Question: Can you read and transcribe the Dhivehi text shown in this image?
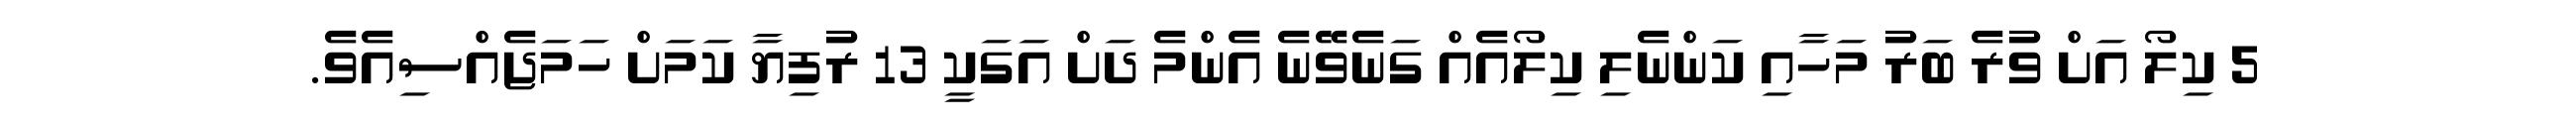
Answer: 5 ކިލޯ އަށް ވުރެ ބަރު މަހާއި ކަންނެލި ކިލޯއެއް ގަނެވޭނެ އެންމެ ދަށް އަގަކީ 13 ރުފިޔާ ކަމަށް ހަމަޖެއްސިއެވެ.